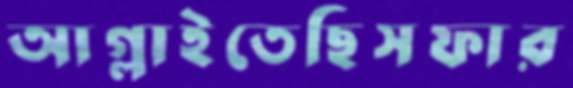
আগ্‌লাইতেছিসফার